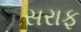
સરાફ